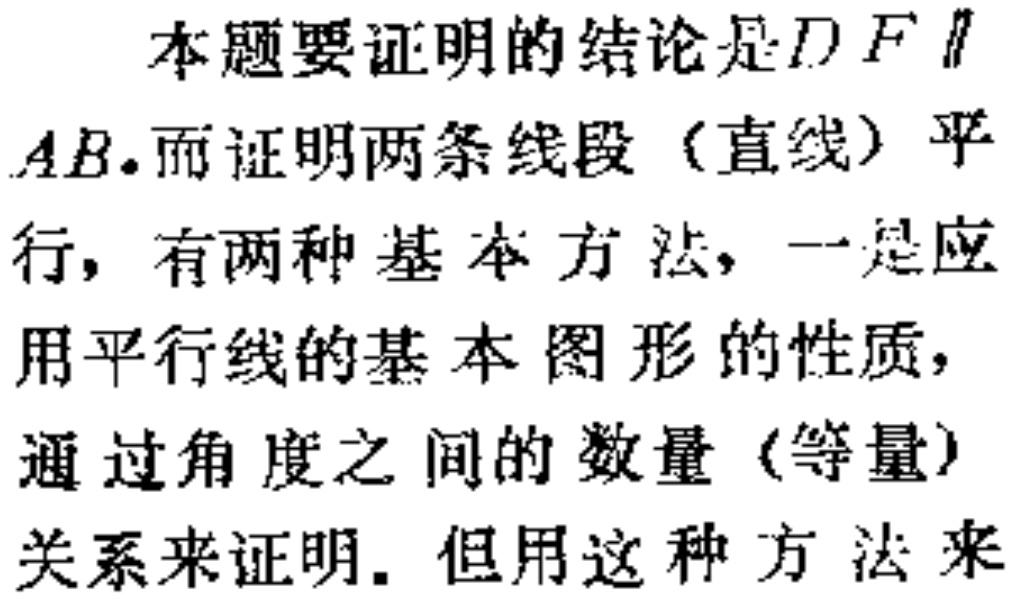
本题要证明的结论是\(DF\parallel AB\)。而证明两条线段（直线）平行，有两种基本方法，一是应用平行线的基本图形的性质，通过角度之间的数量（等量）关系来证明. 但用这种方法来